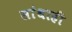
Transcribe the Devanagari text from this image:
सांधाही